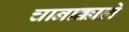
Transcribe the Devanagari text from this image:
चानाक्काले